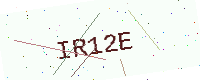
Text: IR12E